Report on vaccination North-West Frontier Province 1904-1922 - 1904-1922
Year: 1904
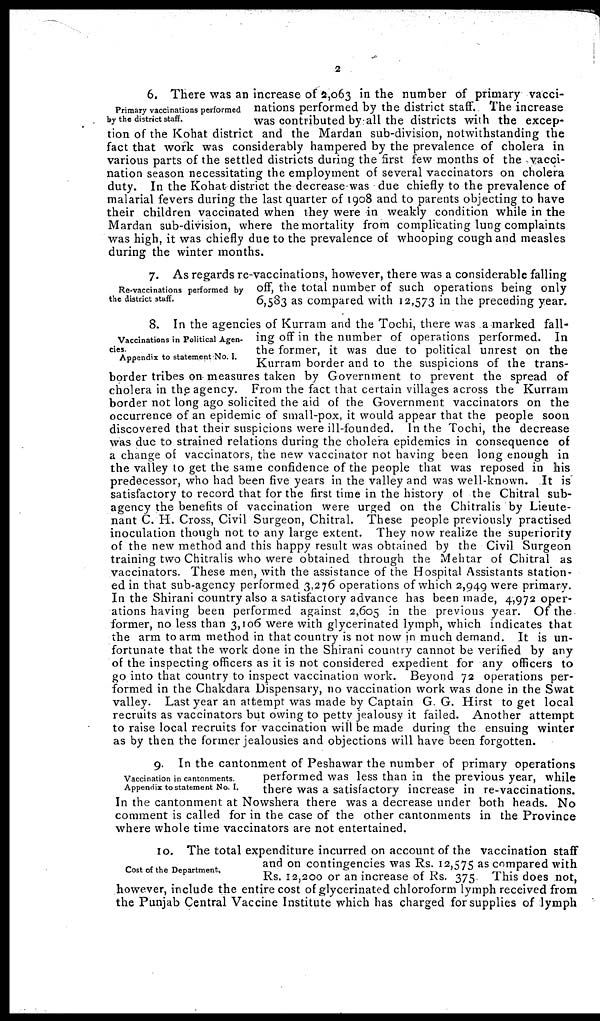
2
Primary vaccinations performed
by the district staff.
6. There was an increase of 2,063 in the number of primary vacci-
nations performed by the district staff. The increase
was contributed by all the districts with the excep-
tion of the Kohat district and the Mardan sub-division, notwithstanding the
fact that work was considerably hampered by the prevalence of cholera in
various parts of the settled districts during the first few months of the vacci-
nation season necessitating the employment of several vaccinators on cholera
duty. In the Kohat district the decrease was due chiefly to the prevalence of
malarial fevers during the last quarter of 1908 and to parents objecting to have
their children vaccinated when they were in weakly condition while in the
Mardan sub-division, where the mortality from complicating lung complaints
was high, it was chiefly due to the prevalence of whooping cough and measles
during the winter months.
Re-vaccinations performed by
the district staff.
7. As regards re-vaccinations, however, there was a considerable falling
off, the total number of such operations being only
6,583 as compared with 12,573 in the preceding year.
Vaccinations in Political Agen-
cies.
Appendix to statement No. I.
8. In the agencies of Kurram and the Tochi, there was a marked fall-
ing off in the number of operations performed. In
the former, it was due to political unrest on the
Kurram border and to the suspicions of the trans¬
border tribes on measures taken by Government to prevent the spread of
cholera in the agency. From the fact that certain villages across the Kurram
border not long ago solicited the aid of the Government vaccinators on the
occurrence of an epidemic of small-pox, it would appear that the people soon
discovered that their suspicions were ill-founded. In the Tochi, the decrease
was due to strained relations during the cholera epidemics in consequence of
a change of vaccinators, the new vaccinator not having been long enough in
the valley to get the same confidence of the people that was reposed in his
predecessor, who had been five years in the valley and was well-known. It is
satisfactory to record that for the first time in the history of the Chitral sub-
agency the benefits of vaccination were urged on the Chitralis by Lieute-
nant C. H. Cross, Civil Surgeon, Chitral. These people previously practised
inoculation though not to any large extent. They now realize the superiority
of the new method and this happy result was obtained by the Civil Surgeon
training two Chitralis who were obtained through the Mehtar of Chitral as
vaccinators. These men, with the assistance of the Hospital Assistants station-
ed in that sub-agency performed 3,276 operations of which 2,949 were primary.
In the Shirani country also a satisfactory advance has been made, 4,972 oper-
ations having been performed against 2,605 in the previous year. Of the
former, no less than 3,106 were with glycerinated lymph, which indicates that
the arm to arm method in that country is not now in much demand. It is un-
fortunate that the work done in the Shirani country cannot be verified by any
of the inspecting officers as it is not considered expedient for any officers to
go into that country to inspect vaccination work. Beyond 72 operations per-
formed in the Chakdara Dispensary, no vaccination work was done in the Swat
valley. Last year an attempt was made by Captain G. G. Hirst to get local
recruits as vaccinators but owing to petty jealousy it failed. Another attempt
to raise local recruits for vaccination will be made during the ensuing winter
as by then the former jealousies and objections will have been forgotten.
Vaccination in cantonments.
Appendix to statement No. I.
9. In the cantonment of Peshawar the number of primary operations
performed was less than in the previous year, while
there was a satisfactory increase in re-vaccinations.
In the cantonment at Nowshera there was a decrease under both heads. No
comment is called for in the case of the other cantonments in the Province
where whole time vaccinators are not entertained.
Cost of the Department.
10. The total expenditure incurred on account of the vaccination staff
and on contingencies was Rs. 12,575 as compared with
Rs. 12,200 or an increase of Rs. 375 This does not,
however, include the entire cost of glycerinated chloroform lymph received from
the Punjab Central Vaccine Institute which has charged for supplies of lymph